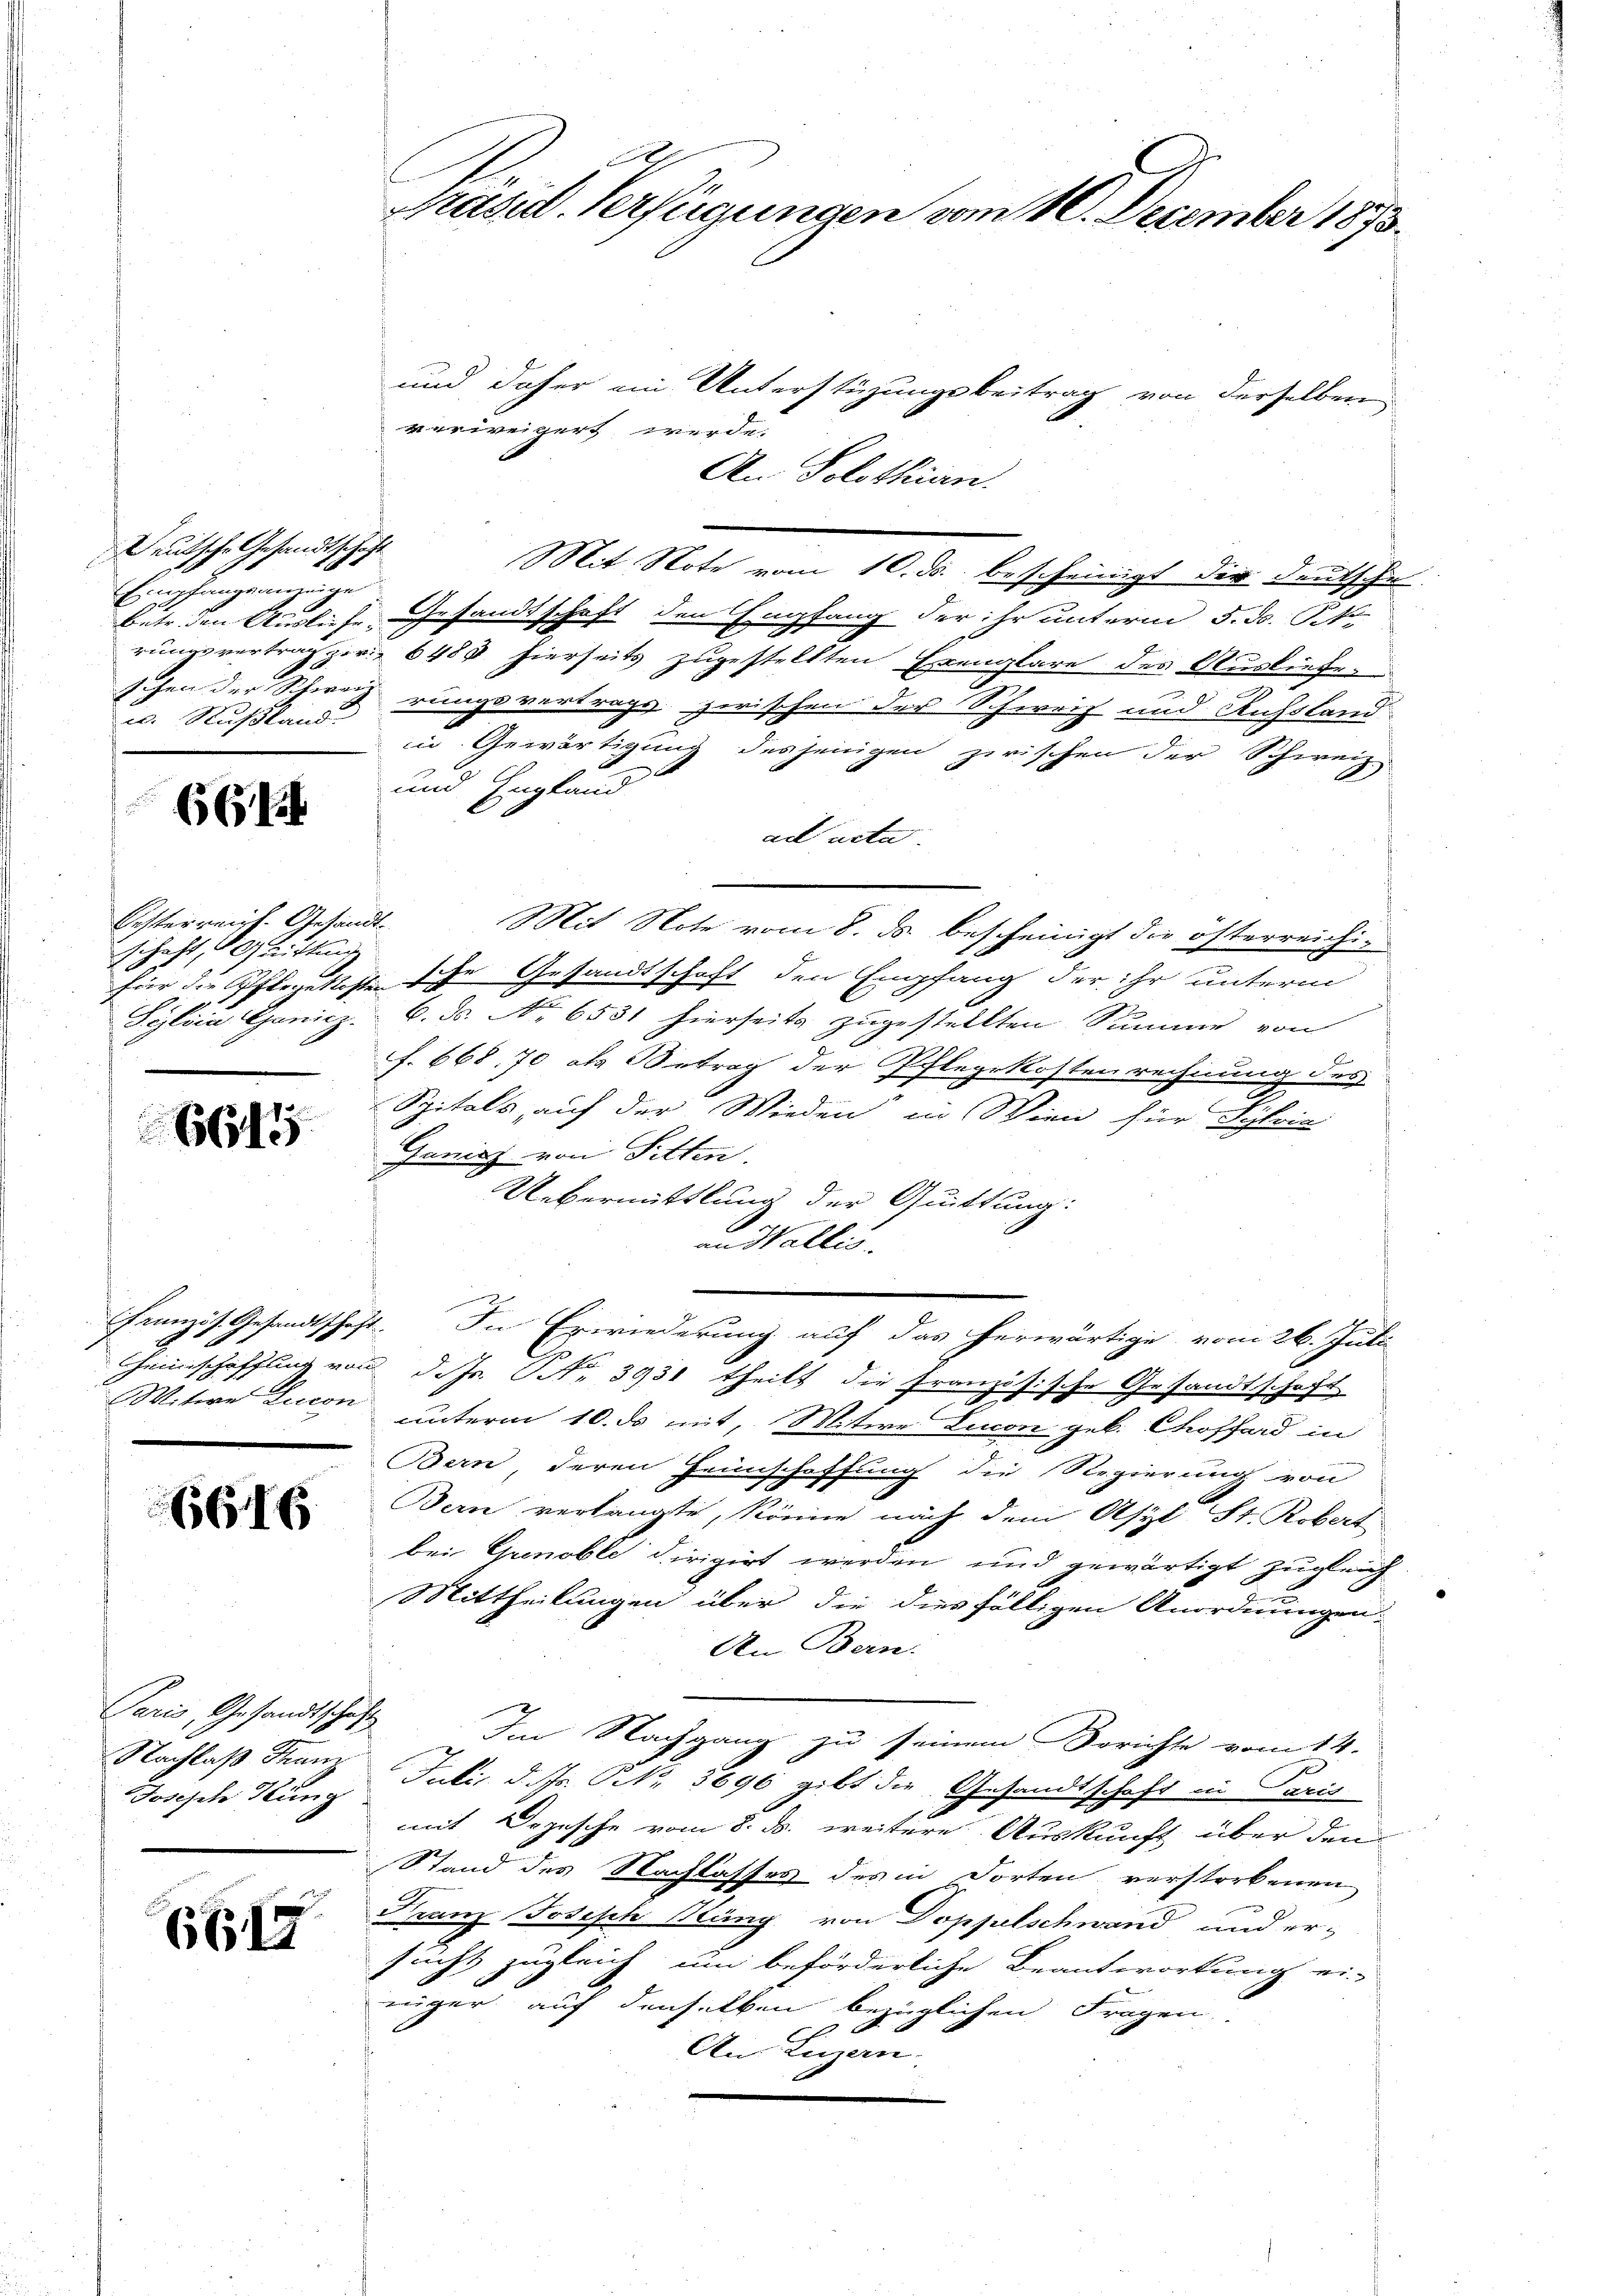
Deutsche Gesandtschaft
Empfangsanzeige
u. Rußland.

6G14

Besterreich-Gesandtschaft, d. Grittung
Sylen Horiz

6644

6616

Paris, Gesandtschaft
Nachlaß Franz
Joseph Hung

6617

Präsid. Verfügungen vom 10. December 1873.

und daher ein Unterstüzungsbeitrag von derselben
verweigert werde.
An Solothurn.
Mit Note vom 10. ds. bescheinigt der Deutsche
betr. den Ausliefe Gesandtschaft den Empfang der ihr unterm 5. d. Pk
rungsvertrag zu. 6484 hierseits zugestellten Exemplare des Ausliefe,
.
schen der Schweizerungsvertrags zwischen der Schweiz und Aussland
in Gewärtigung desjenigen zwischen der Schweiz.
und England
ad acta
Mit Note vom 8. ds. bescheinigt die österreichifür die Pflegekosten sche Gesandtschaft den Empfang der ihr unterm
6. N. No. 6531 hierseits zugestellten Summe von
f. 668. 70 als Betrag der Pflegekostenrechnung des
2
Spitals, auf der Wieden in Wien für Schrie
Ganinz von Sitten.
Uebermittlung der Quittung:
an Wallis.
Französ. Gesandtschaft. In Erwiederung auf das herwärtige vom 26. Juli
einschaffung von d. Js. NNo. 3951 theilt die Französische Gesandtschaft
Witwe Lucon unterm 10. ds mit, Mitwe Lucon geb. Choffard in
Bern, deren Heimschaffung die Regierung von
Bern verlangte, könne nach dem Asyl St. Robert
bei Genoble dirigirt werden und gewärtigt zugleich
Mittheilungen über die diesfälligen Anordnungen.
An Bern.
Im Nachgang zu seinem Berichte vom 14.
Juli d. Js. Nr. 5696 gibt die Gesandtschaft in Paris
mit Dogische vom 8. ds. weitere Auskunft über den
Stand des Nachlasses des in dorten verstorbenen
Franz Joseph Stäng von Doppelschwand und er-
sucht zugleich um beförderliche Beantwortung ei-
rüger auf denselben bezüglichen Fragen
An Luzern